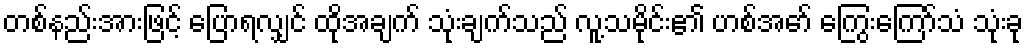
တစ်နည်းအားဖြင့် ပြောရလျှင် ထိုအချက် သုံးချက်သည် လူ့သမိုင်း၏ ဟစ်အော် ကြွေးကြော်သံ သုံးခု